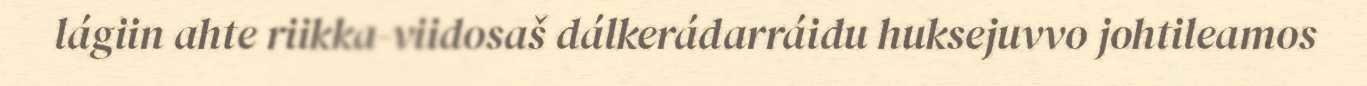
lágiin ahte riikka-viidosaš dálkerádarráidu huksejuvvo johtileamos